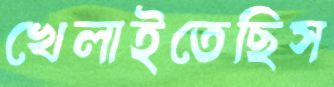
খেলাইতেছিস